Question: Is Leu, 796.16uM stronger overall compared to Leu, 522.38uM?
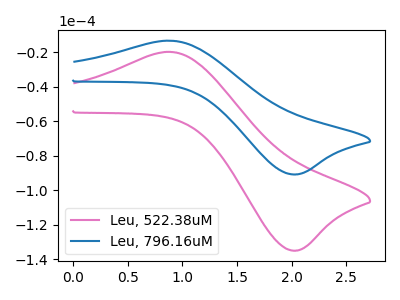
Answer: <think>The pink curve "Leu, 522.38uM" has an anodic peak at (0.90V, -19.85uA) and a cathodic peak at (2.05V, -134.90uA). The blue curve "Leu, 796.16uM" has an anodic peak at (0.90V, -13.35uA) and a cathodic peak at (2.05V, -90.80uA).
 All the peaks in "Leu, 796.16uM" have a peak in "Leu, 522.38uM" at the same potential.</think>
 <answer>I cant tell if "Leu, 796.16uM" or "Leu, 522.38uM" has more signal.</answer>
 <eval>mixed_signal</eval>